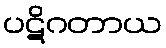
ပဋိဂတာယ